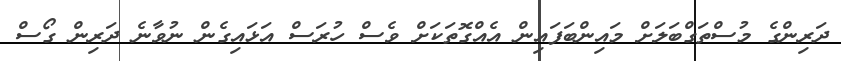
ދަރިންގެ މުސްތަގްބަލަަށް މައިންބަފައިން އެއްގޮތަކަށް ވެސް ހުރަސް އަޅައިގެން ނުވާނެ ދަރިން ގޯސް